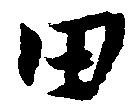
田